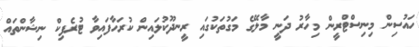
ހައުސިން މިނިސްޓްރީން މިހާރު ދަނީ މާލޭގެ މަގުތަކުގައި ރީނދޫކުލައިން ކުރަހާފައިވާ ޓުރެފިކް ނިޝާންތައް